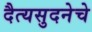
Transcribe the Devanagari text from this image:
दैत्यसुदनेचे